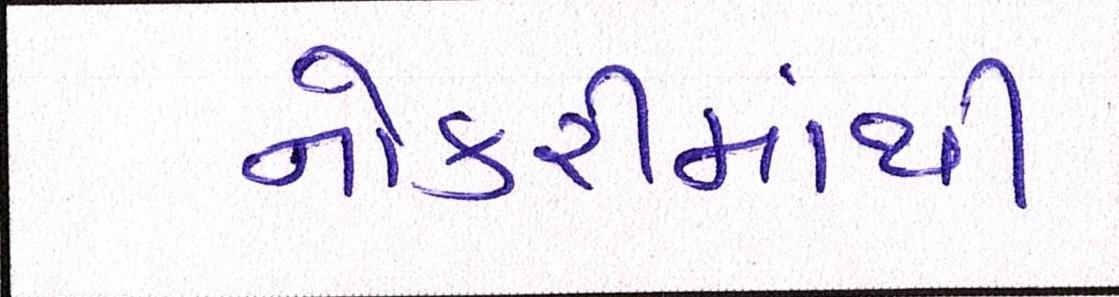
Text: નોકરીમાંથી